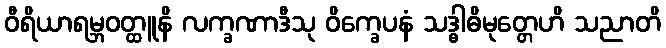
ဝီရိယာရမ္ဘဝတ္ထူနိ လက္ခဏာဒီသု ဝိက္ခေပနံ သဒ္ဓါဓိမုတ္တေဟိ သညာတိ